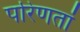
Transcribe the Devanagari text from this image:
परिणतां